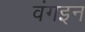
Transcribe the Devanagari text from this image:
वंगइन